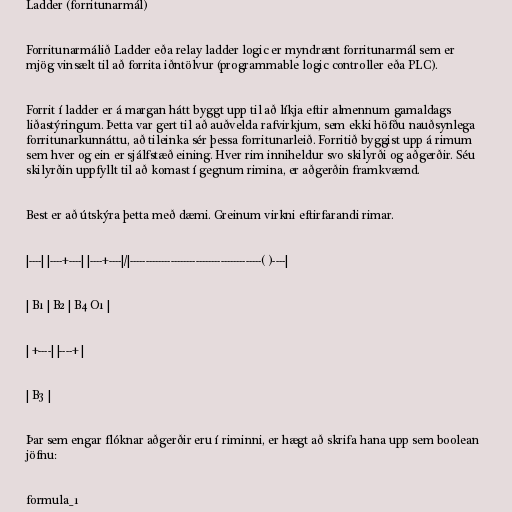
Ladder (forritunarmál)

Forritunarmálið Ladder eða relay ladder logic er myndrænt forritunarmál sem er
mjög vinsælt til að forrita iðntölvur (programmable logic controller eða PLC).

Forrit í ladder er á margan hátt byggt upp til að líkja eftir almennum gamaldags
liðastýringum. Þetta var gert til að auðvelda rafvirkjum, sem ekki höfðu nauðsynlega
forritunarkunnáttu, að tileinka sér þessa forritunarleið. Forritið byggist upp á rimum
sem hver og ein er sjálfstæð eining. Hver rim inniheldur svo skilyrði og aðgerðir. Séu
skilyrðin uppfyllt til að komast í gegnum rimina, er aðgerðin framkvæmd.

Best er að útskýra þetta með dæmi. Greinum virkni eftirfarandi rimar.

|----| |----+----| |----+----|/|------------------------------------------( )----|

| B1 | B2 | B4 O1 |

| +----| |----+ |

| B3 |

Þar sem engar flóknar aðgerðir eru í riminni, er hægt að skrifa hana upp sem boolean
jöfnu:

formula_1